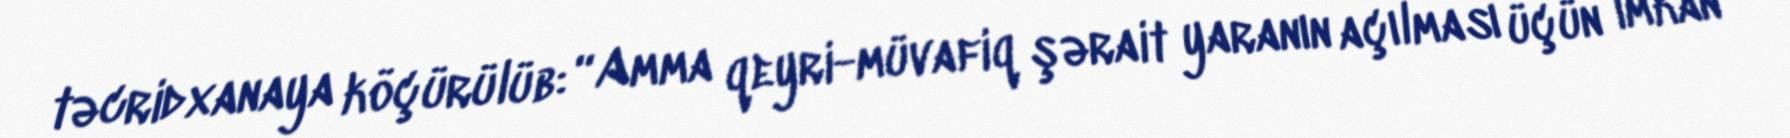
təcridxanaya köçürülüb: “Amma qeyri-müvafiq şərait yaranın açılması üçün imkan